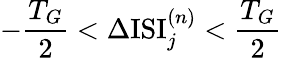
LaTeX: -{\frac{T_{G}}{2}}<\Delta\mathrm{ISI}_{j}^{(n)}<{\frac{T_{G}}{2}}